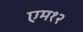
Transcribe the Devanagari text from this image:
एम१२